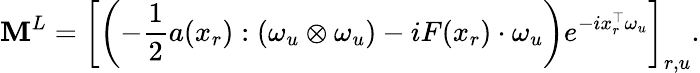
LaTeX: \mathbf{M}^{L}=\left[\left(-\frac{1}{2}a(x_{r}):(\omega_{u}\otimes\omega_{u})-iF(x_{r})\cdot\omega_{u}\right)e^{-ix_{r}^{\top}\omega_{u}}\right]_{r,u}.